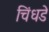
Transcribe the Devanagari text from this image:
चिंधडे